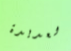
العديدة